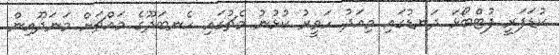
ކުޑަފަރީ ފުޓްބޯޅަ ދަނޑުގައި މިއަދު ހަވީރު ކުޅުނު މެޗުގައި ހެނބަދޫގެ މައްޗަށް މަނަދޫއިން